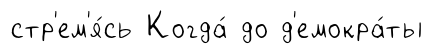
стр'ем'я́сь Когда́ до д'емокра́ты